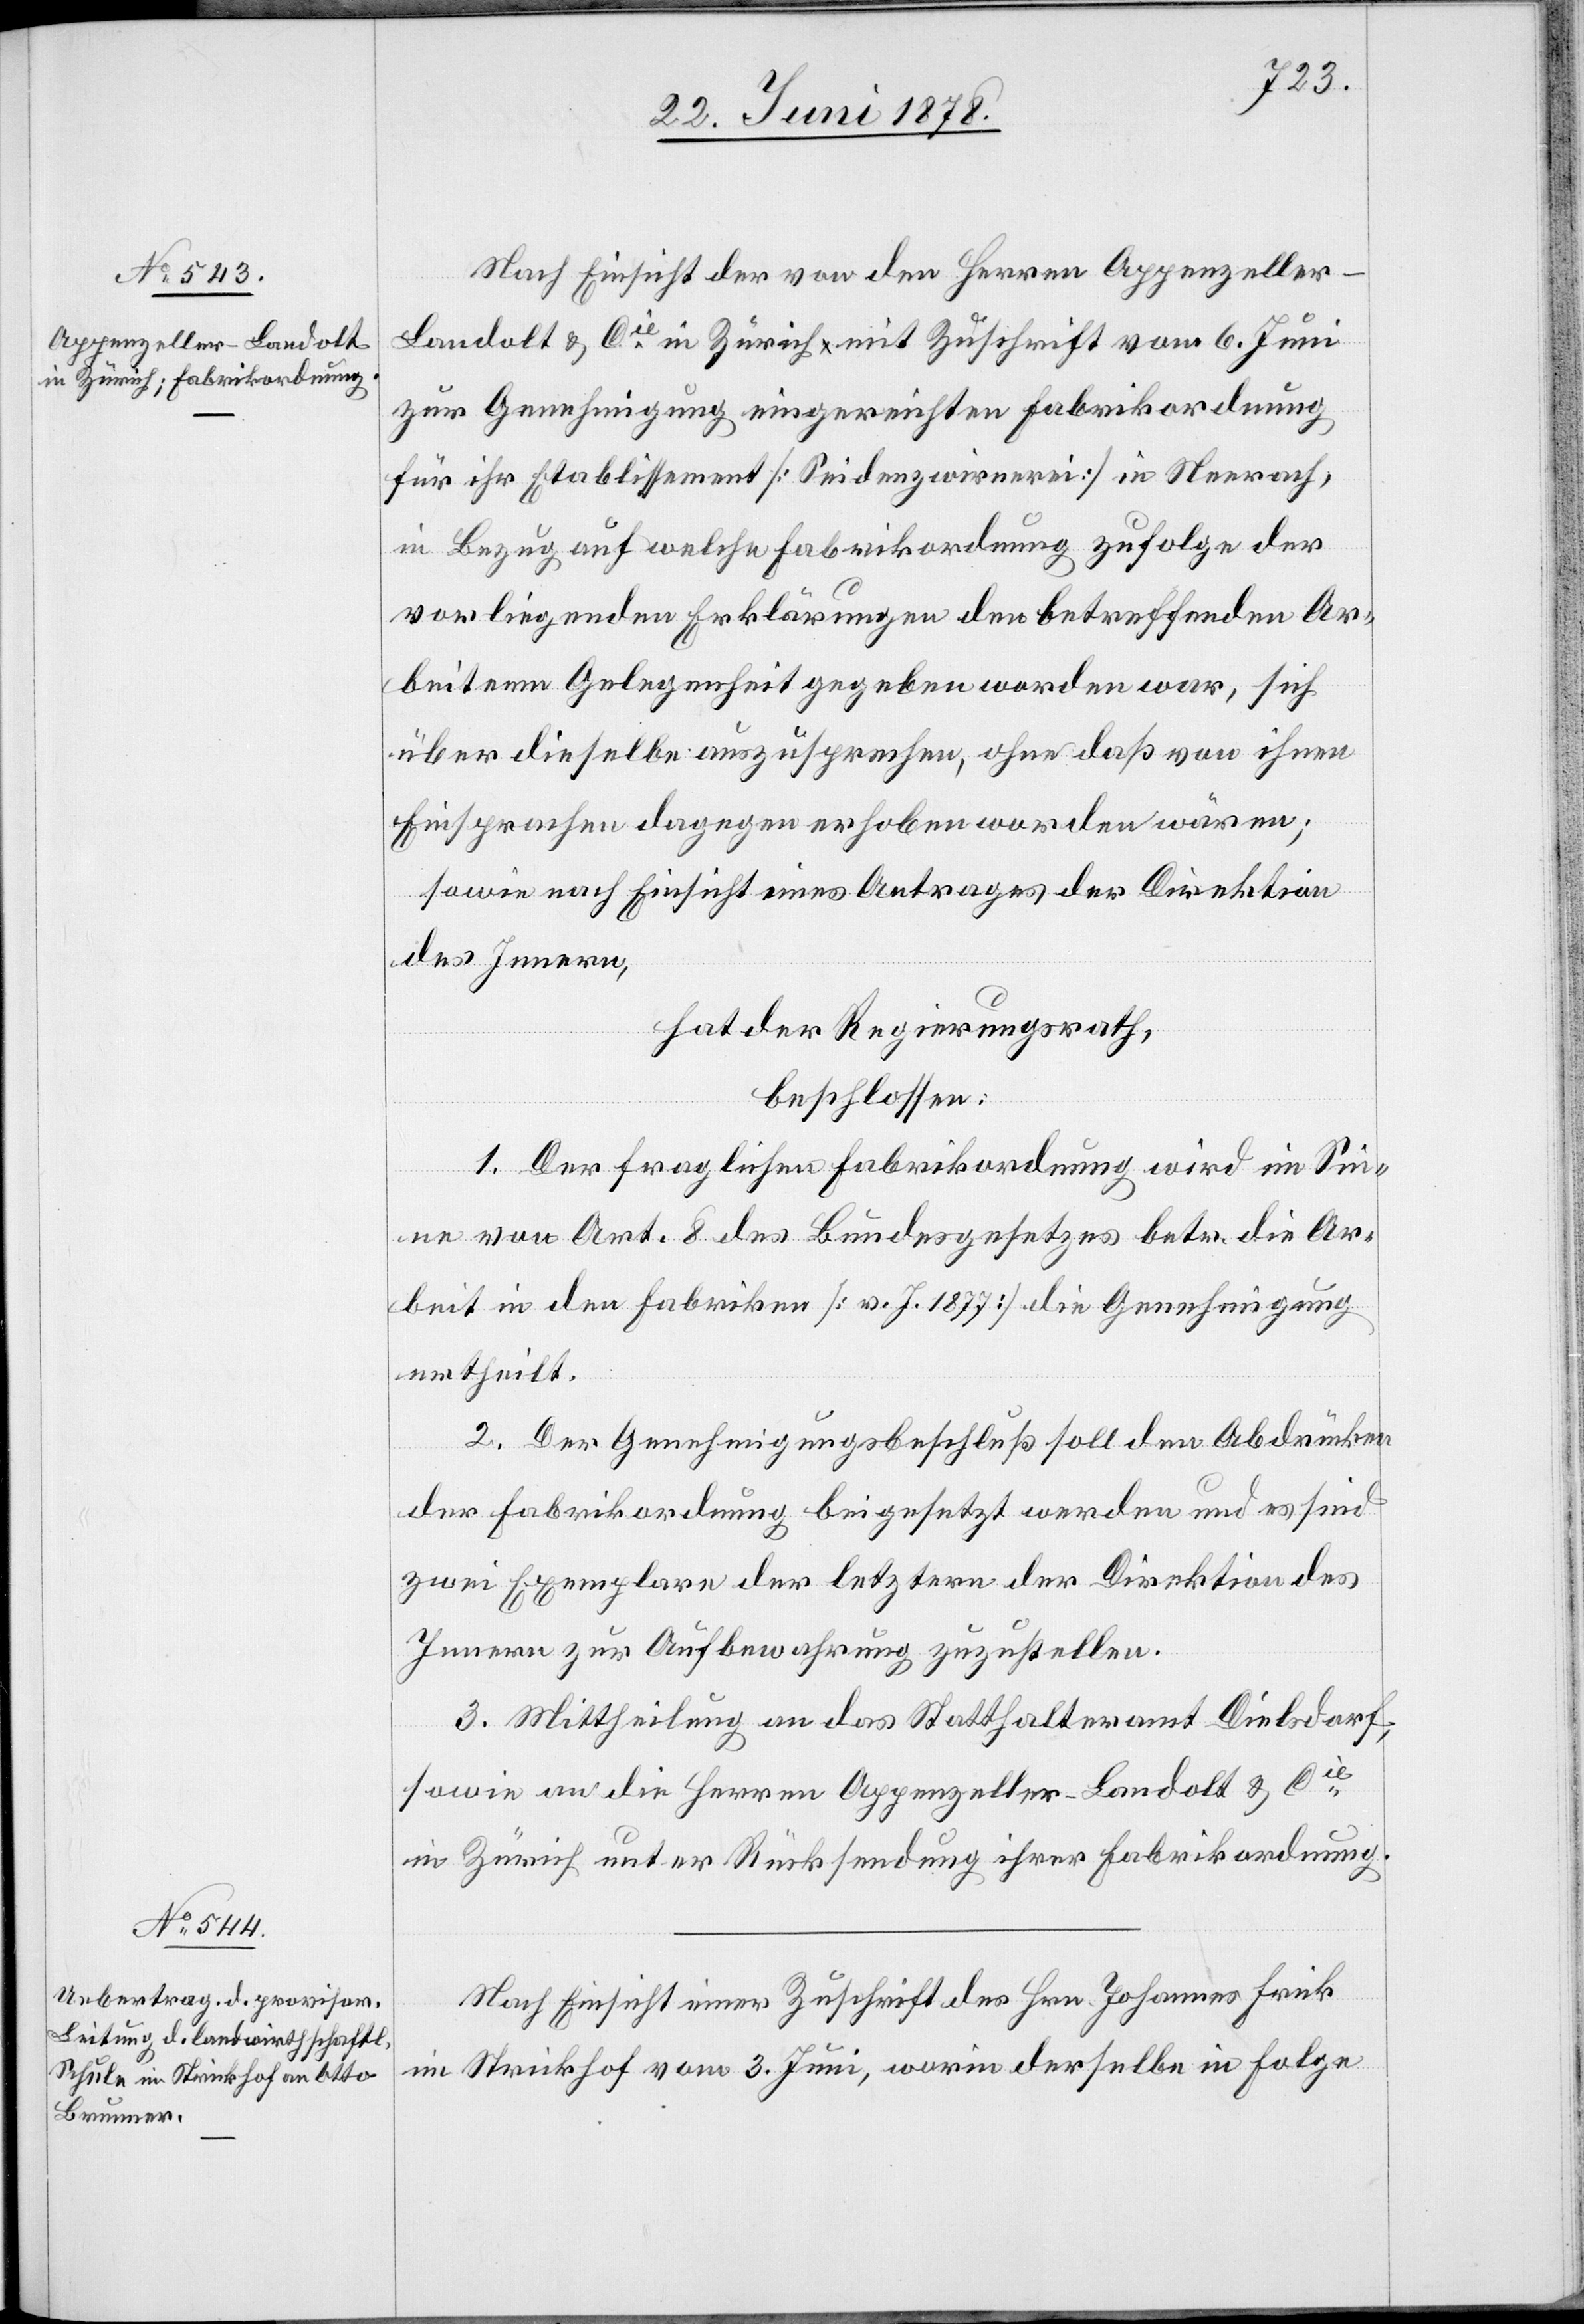
Nach Einsicht der von den Herren Appenzelle¬
r-Landolt & Cie in Zürich mit Zuschrift vom 6. Juni
zur Genehmigung eingereichten Fabrikordnung
für ihr Etablissement [Seidenzwirnerei] in Neerach,
in Bezug auf welche Fabrikordnung zufolge der
vorliegenden Erklärungen den betreffenden Ar¬
beitern Gelegenheit gegeben worden war, sich
über dieselbe auszusprechen, ohne daß von ihnen
Einsprachen dagegen erhoben worden wären;
sowie nach Einsicht eines Antrages der Direktion
des Innern,
hat der Regierungsrath,
beschlossen:
1. Der fraglichen Fabrikordnung wird im Sin¬
ne von Art. 8 des Bundesgesetzes betr. die Ar¬
beit in den Fabriken [v. J. 1877] die Genehmigung
ertheilt.
2. Der Genehmigungsbeschluß soll den Abdrücken
der Fabrikordnung beigesetzt werden und es sind
zwei Exemplare der letztern der Direktion des
Innern zur Aufbewahrung zuzustellen.
3. Mittheilung an das Statthalteramt Dielsdorf,
sowie an die Herren Appenzeller-Landolt & Cie
in Zürich unter Rücksendung ihrer Fabrikordnung.
Nach Einsicht einer Zuschrift des Hrn. Johannes Frick
im Strickhof vom 3. Juni, worin derselbe in Folge